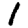
Digit: 1